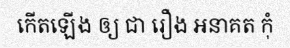
កើតឡើង ឲ្យ ជា រឿង អនាគត កុំ